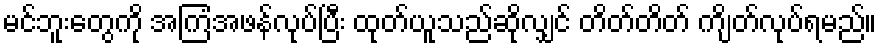
မင်ဘူးတွေကို အကြံအဖန်လုပ်ပြီး ထုတ်ယူသည်ဆိုလျှင် တိတ်တိတ် ကျိတ်လုပ်ရမည်။